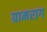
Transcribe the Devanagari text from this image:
ग्रामराग